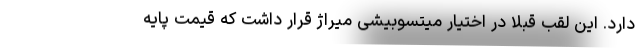
دارد. این لقب قبلا در اختیار میتسوبیشی میراژ قرار داشت که قیمت پایه